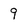
Character: 9